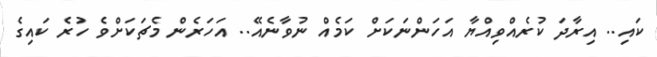
ކައި.. އިރާދަ ކުރެއްވިއްޔާ އަހަންނަކަށް ކަމެއް ނުވާނެއޭ.. އަހަރެން މެޗަކަށްވެ ހުރެ ކައިގެ